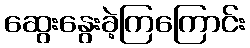
ဆွေးနွေးခဲ့ကြကြောင်း